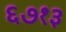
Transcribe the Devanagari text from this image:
६७१३